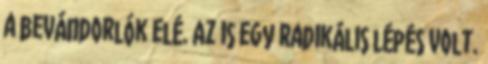
a bevándorlók elé. Az is egy radikális lépés volt.